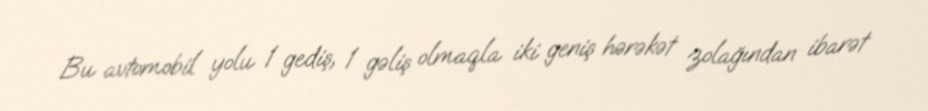
Bu avtomobil yolu 1 gediş, 1 gəliş olmaqla iki geniş hərəkət zolağından ibarət